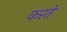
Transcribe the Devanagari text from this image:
करते